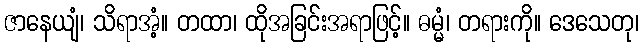
ဇာနေယျံ၊ သိရာအံ့။ တထာ၊ ထိုအခြင်းအရာဖြင့်။ ဓမ္မံ၊ တရားကို။ ဒေသေတု၊